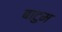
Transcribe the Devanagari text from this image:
बाटुम